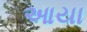
આયા